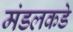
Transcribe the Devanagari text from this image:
मंडलकडे